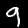
Digit: 9